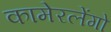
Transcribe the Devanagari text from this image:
कामेरलेंगो